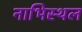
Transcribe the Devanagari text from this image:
नाभिस्थल